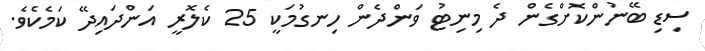
ސިޑި ބޭނުންކޮށްގެން ދެ މިނިޓު ވަންދެން ހިނގުމަކީ 25 ކެލޮރީ އަންދައިދޭ ކަމެކެވެ.